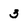
Character: 3